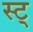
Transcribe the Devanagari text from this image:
स्ट्